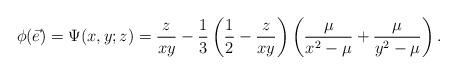
LaTeX: \begin{align*} \phi(\vec{e}) =\Psi(x,y;z)= \frac{z}{xy} - \frac{1}{3} \left(\frac{1}{2} - \frac{z}{xy}\right)\left(\frac{\mu}{x^2-\mu} + \frac{\mu}{y^2-\mu}\right). \end{align*}